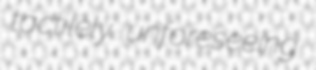
tactilely unforeseeing